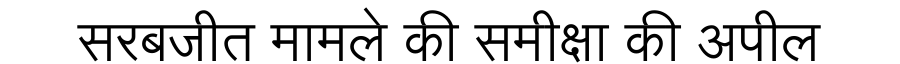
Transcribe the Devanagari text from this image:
सरबजीत मामले की समीक्षा की अपील